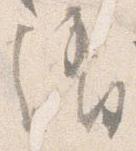
消